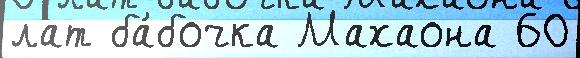
лат ба́бочка Махаона 60